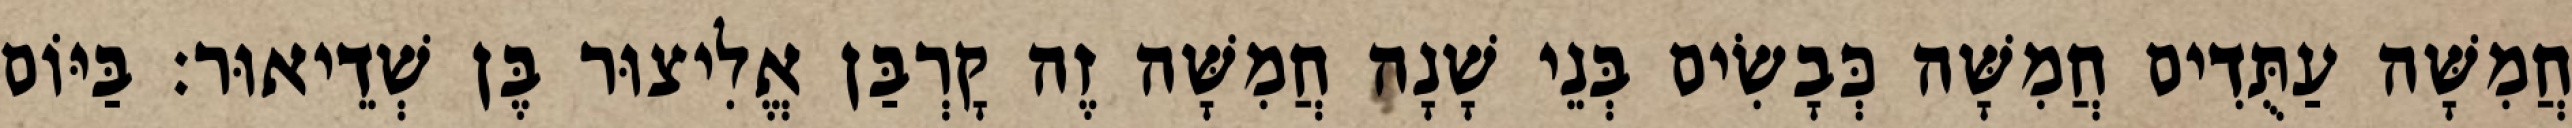
חֲמִשָּׁה עַתֻּדִים חֲמִשָּׁה כְּבָשִׂים בְּנֵי שָׁנָה חֲמִשָּׁה זֶה קָרְבַּן אֱלִיצוּר בֶּן שְׁדֵיאוּר׃ בַּיּוֹם